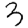
Digit: 3